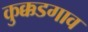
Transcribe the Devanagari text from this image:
कुक्कडगाव